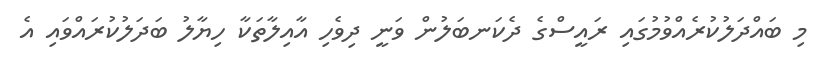
މި ބައްދަލުކުރެއްވުމުގައި ރައީސްގެ ދެކަނބަލުން ވަނީ ދިވެހި އާއިލާތަކާ ހިޔާލު ބަދަލުކުރައްވައި އެ